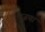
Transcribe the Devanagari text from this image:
भूजचा